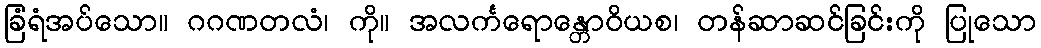
ခြံရံအပ်သော။ ဂဂဏတလံ၊ ကို။ အလင်္ကရောန္တောဝိယစ၊ တန်ဆာဆင်ခြင်းကို ပြုသော